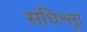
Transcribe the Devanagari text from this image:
संधिश्लूा